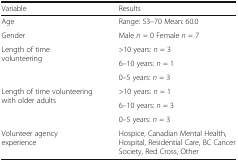
<table><thead><tr><td><b>Variable</b></td><td><b>Results</b></td></tr></thead><tbody><tr><td>Age</td><td>Range: 53–70 Mean: 60.0</td></tr><tr><td>Gender</td><td>Male <i>n</i> = 0 Female <i>n</i> = 7</td></tr><tr><td rowspan="3">Length of time volunteering</td><td>&gt;10 years: <i>n</i> = 3</td></tr><tr><td>6–10 years: <i>n</i> = 1</td></tr><tr><td>0–5 years: <i>n</i> = 3</td></tr><tr><td rowspan="3">Length of time volunteering with older adults</td><td>&gt;10 years: <i>n</i> = 1</td></tr><tr><td>6–10 years: <i>n</i> = 3</td></tr><tr><td>0–5 years: <i>n</i> = 3</td></tr><tr><td>Volunteer agency experience</td><td>Hospice, Canadian Mental Health, Hospital, Residential Care, BC Cancer Society, Red Cross, Other</td></tr></tbody></table>